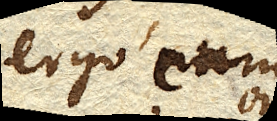
ergo cum